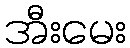
အီးမေး